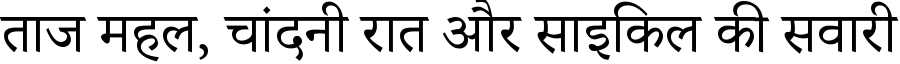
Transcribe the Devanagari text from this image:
ताज महल, चांदनी रात और साइकिल की सवारी